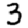
Digit: 3